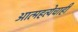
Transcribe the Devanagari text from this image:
आत्महत्येचाही